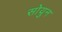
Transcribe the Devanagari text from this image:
सोयुन